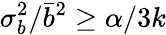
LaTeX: \sigma_{b}^{2}/\bar{b}^{2}\ge\alpha/3k